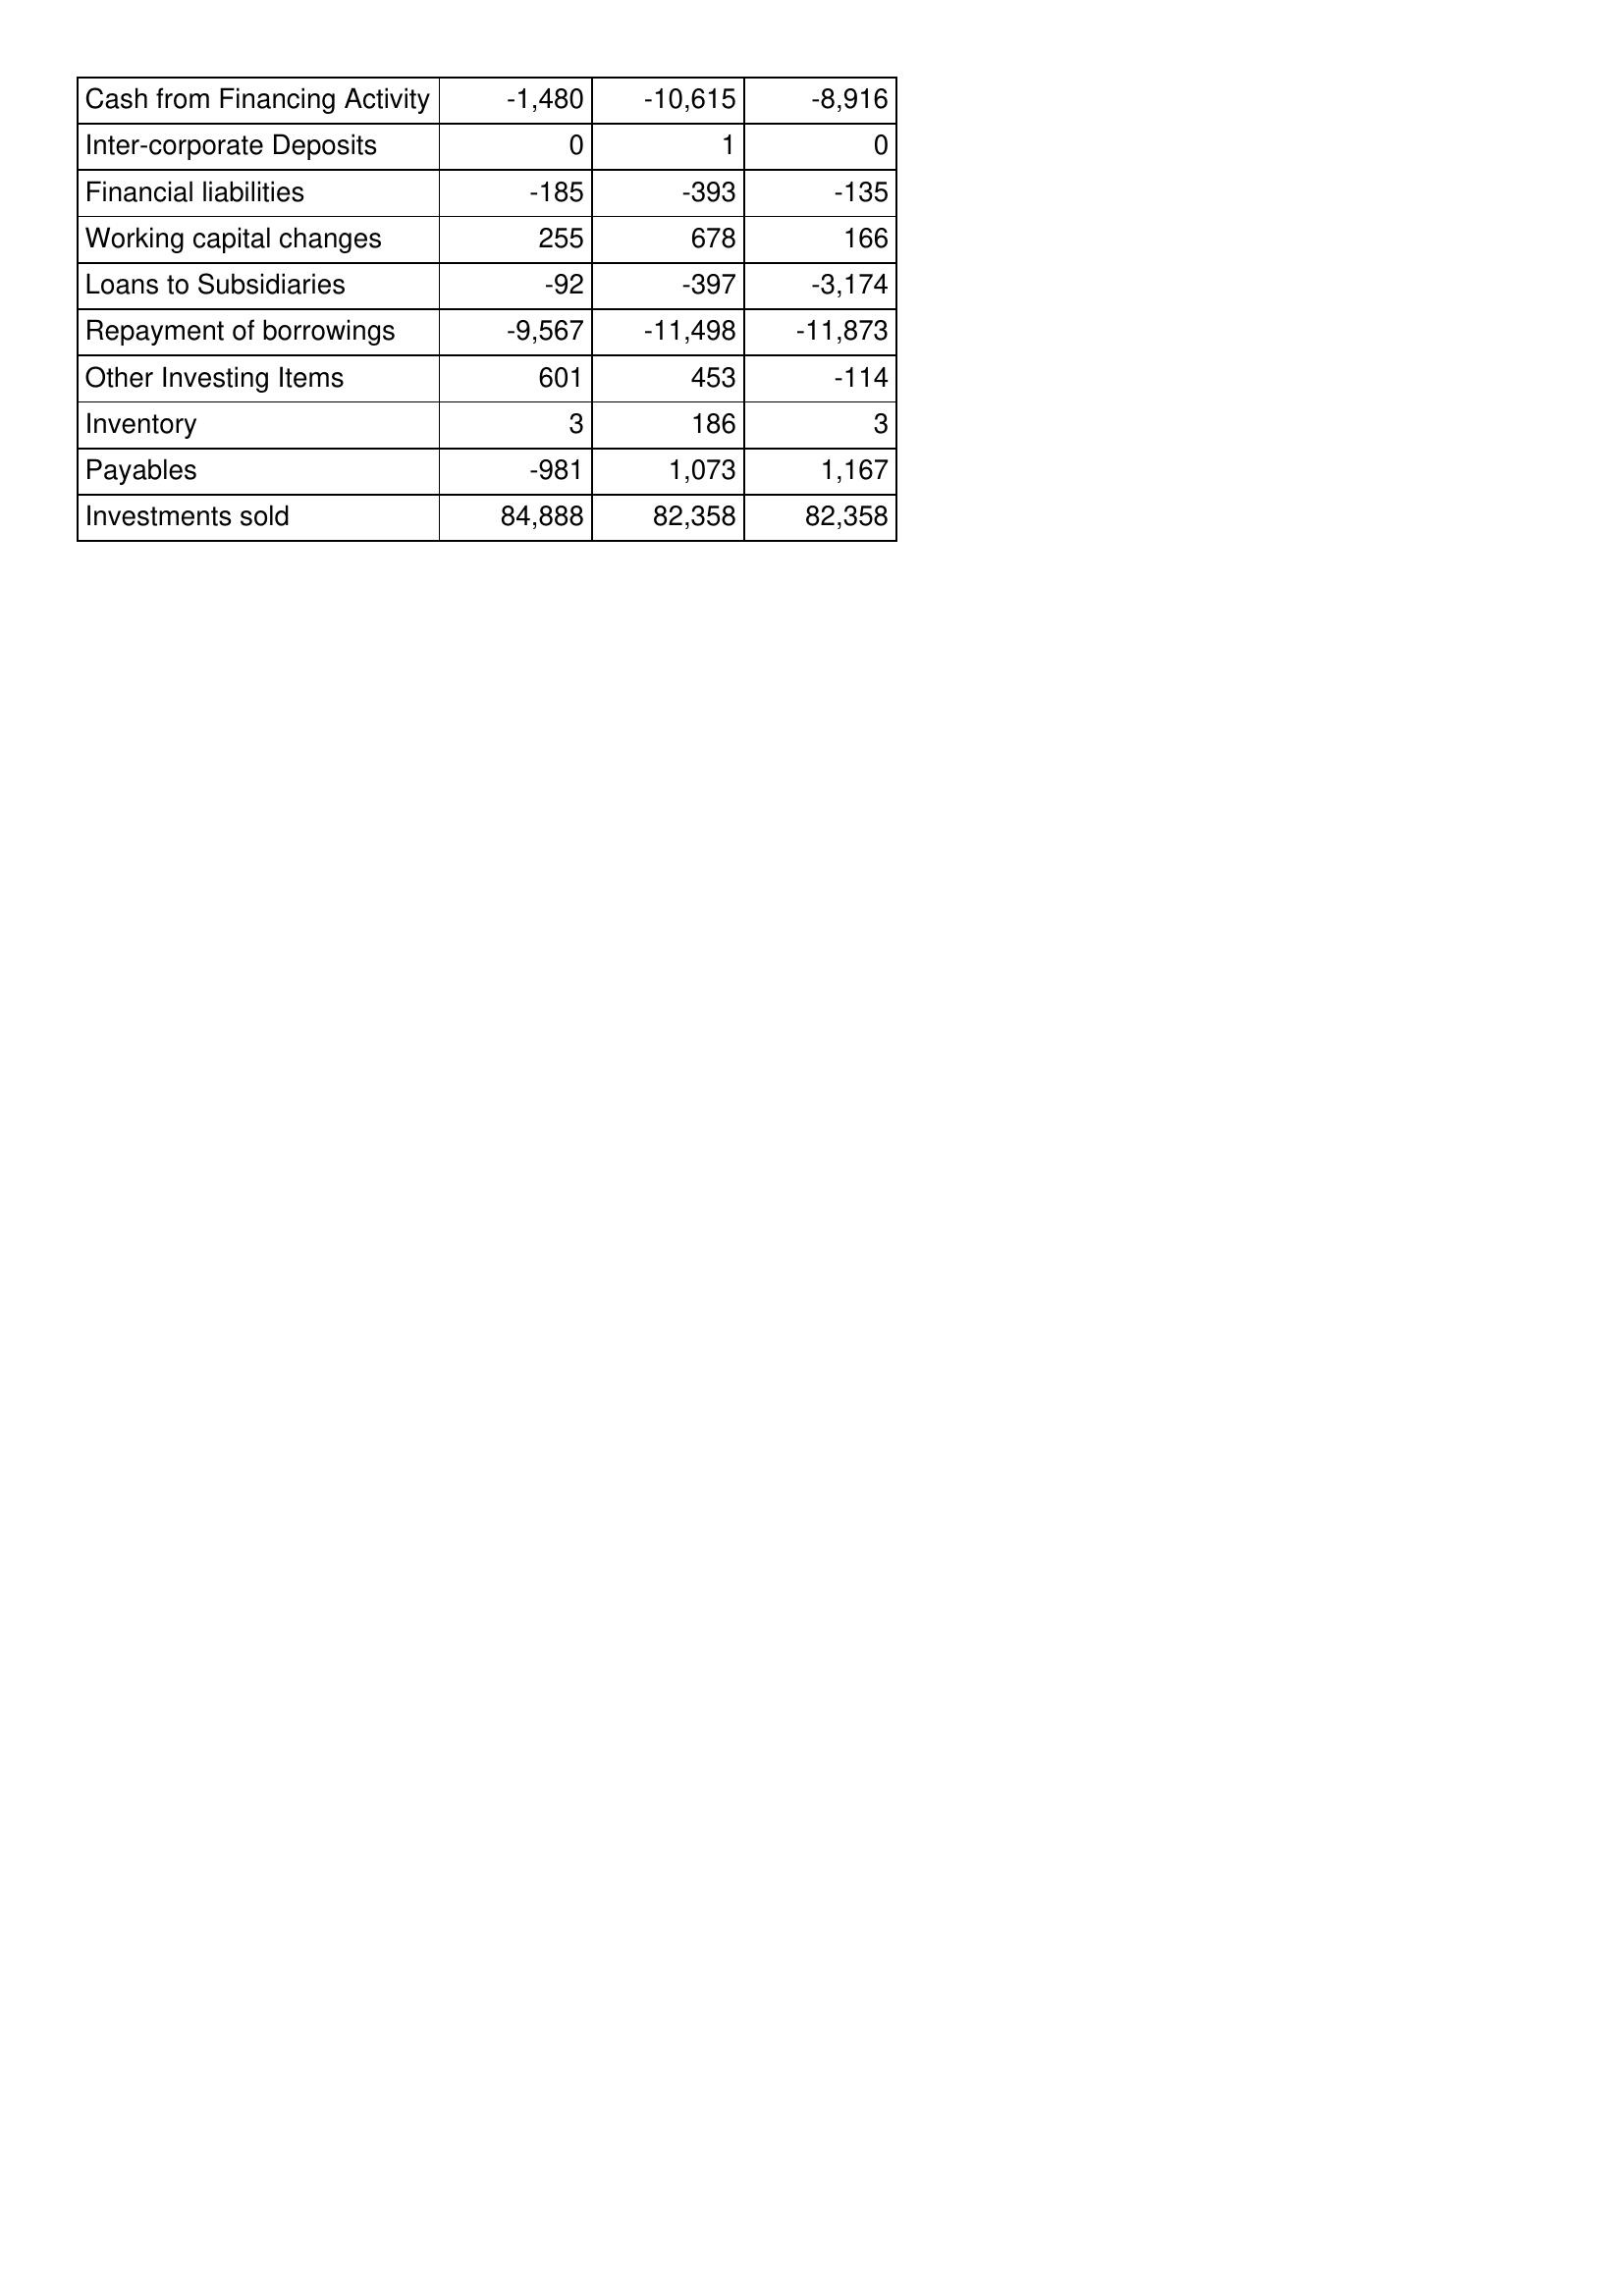
Nov-09: Cash Flows: Cash from Financing Activity: -1,480
Inter-corporate Deposits: 0
Financial liabilities: -185
Working capital changes: 255
Loans to Subsidiaries: -92
Repayment of borrowings: -9,567
Other Investing Items: 601
Inventory: 3
Payables: -981
Investments sold: 84,888
Nov-10: Cash Flows: Cash from Financing Activity: -10,615
Inter-corporate Deposits: 1
Financial liabilities: -393
Working capital changes: 678
Loans to Subsidiaries: -397
Repayment of borrowings: -11,498
Other Investing Items: 453
Inventory: 186
Payables: 1,073
Investments sold: 82,358
Nov-11: Cash Flows: Cash from Financing Activity: -8,916
Inter-corporate Deposits: 0
Financial liabilities: -135
Working capital changes: 166
Loans to Subsidiaries: -3,174
Repayment of borrowings: -11,873
Other Investing Items: -114
Inventory: 3
Payables: 1,167
Investments sold: 82,358